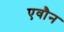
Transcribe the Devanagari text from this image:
एवौन